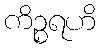
ကိဉ္စရဟိ